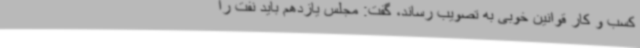
کسب و کار قوانین خوبی به تصویب رساند، گفت: مجلس یازدهم باید نفت را